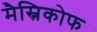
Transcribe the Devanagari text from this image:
मैस्निकोफ